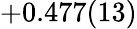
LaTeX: +0.477(13)